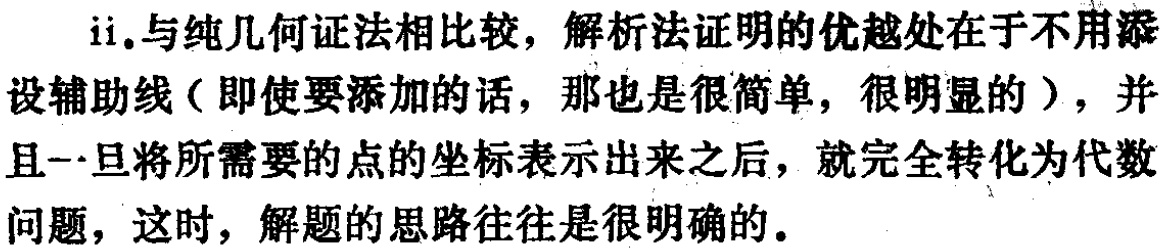
ii.与纯几何证法相比较，解析法证明的优越处在于不用添设辅助线（即使要添加的话，那也是很简单，很明显的），并且一旦将所需要的点的坐标表示出来之后，就完全转化为代数问题，这时，解题的思路往往是很明确的.